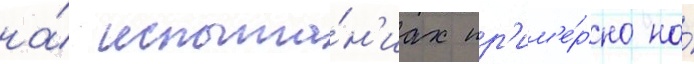
на́ испыта́н'иах пр'им'е́рно на́